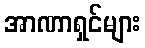
အာဏာရှင်များ